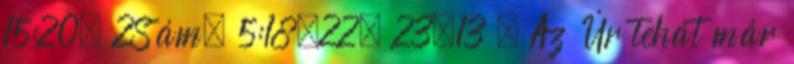
15:20; 2Sám. 5:18,22; 23;13 . Az Úr tehát már